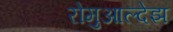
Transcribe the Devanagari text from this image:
रोमुआल्देझ